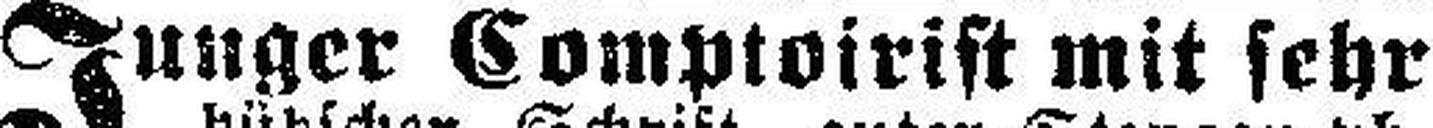
Junger Comptoirist mit sehr